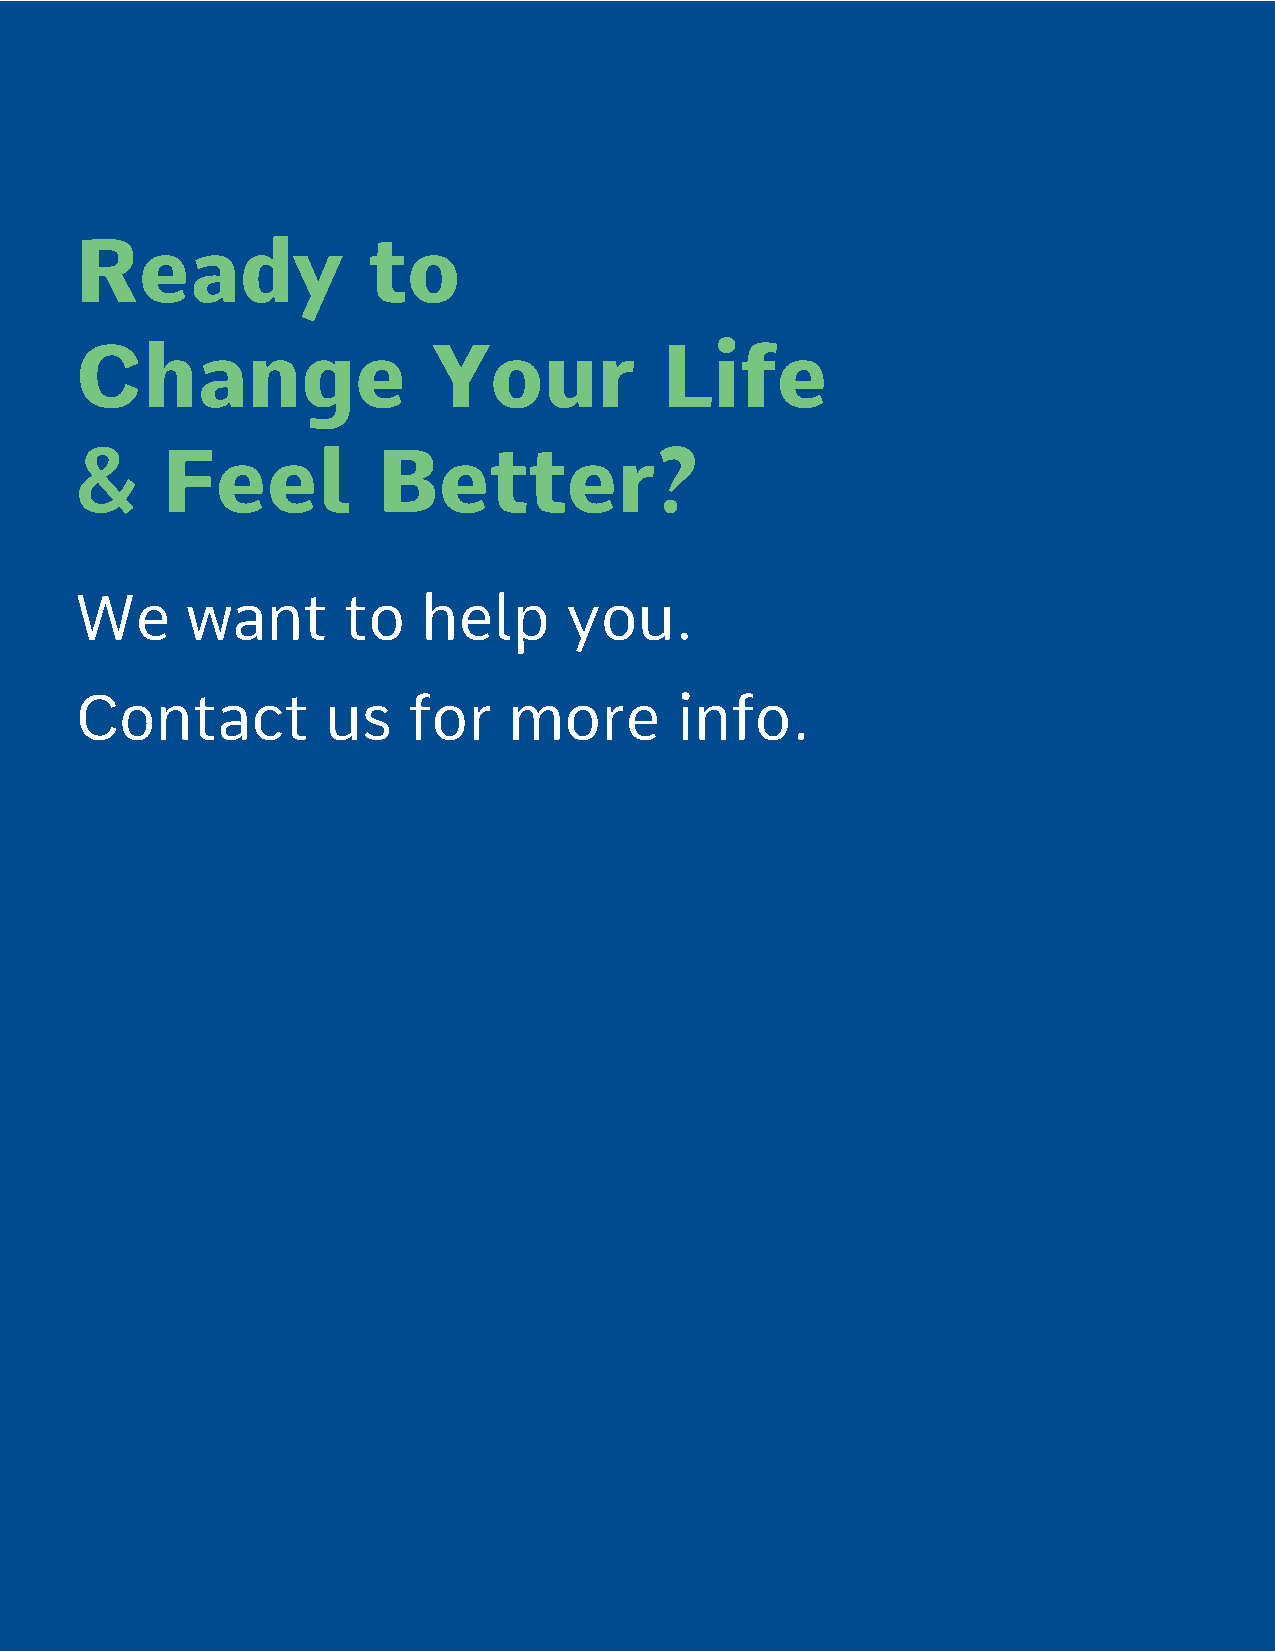
Ready              to
 Change                  Your           Life
 &     Feel          Better?
 We     want       to   help     you.
 Contact          us   for    more       info.